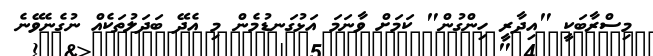
މިސްރާބަކީ "އިދާރީ ހިންގުން" ކަމަށް ވާނަމަ އަޅުގަނޑުމެން މި އެދޭ ބަދަލުތަކެއް ނުގެނެވޭނެ